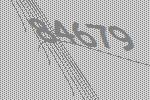
84679